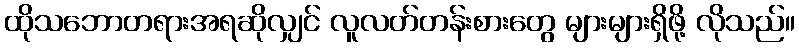
ထိုသဘောတရားအရဆိုလျှင် လူလတ်တန်းစားတွေ များများရှိဖို့ လိုသည်။